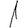
Digit: 1